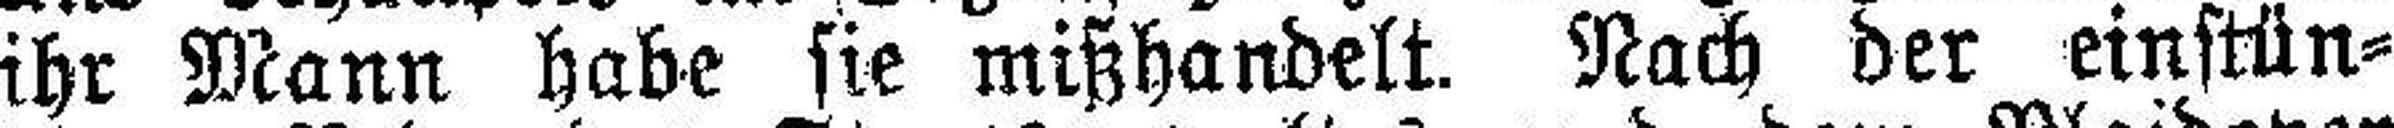
ihr Mann habe sie mißhandelt. Nach der einstün¬